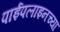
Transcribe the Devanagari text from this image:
पाईपलाइनच्या